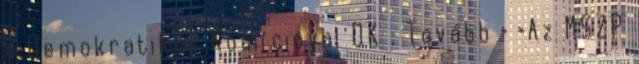
a Demokratikus Koalícióval DK . Tovább › ›Az MSZP